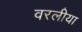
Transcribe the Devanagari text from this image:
वरलीया